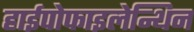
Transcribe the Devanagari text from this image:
हाईपोफाइलेन्थिन